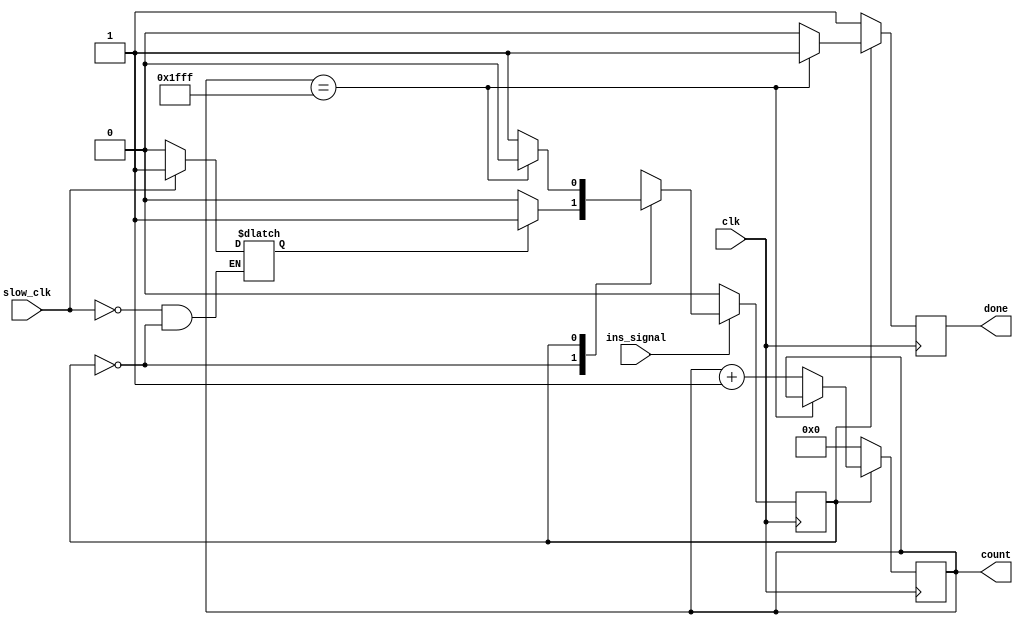
module counter(count, done, clk, slow_clk, ins_signal);
	// 13-bit number corresponding to a ROM address
	output reg [12:0] count;
	// Signal to indicate counting finished
	output reg done;
	// 50MHz clock, bpm clock, and signal indicating instrument is playing
	input  clk, slow_clk, ins_signal;
	
	// counter state machine
	reg current_count_state, next_count_state, slow_reg;
	// MAXCOUNT is the last address in each sample
	localparam counting = 1'b1, waiting = 1'b0, MAXCOUNT = 13'd8191; 

	// Set slow register to 0 while counting
	always @(*) begin
	if (slow_clk)
		slow_reg <= 1'b1;
	else if (current_count_state == counting)
		slow_reg <= 1'b0;
	end

	/*
		 While in the waiting state, if we have received a slow clock signal, start
		 counting. Otherwise continue waiting

		 If we are in the counting state and reach MAXCOUNT, set the next state to
		 waiting, otherwise continue counting
	*/
	always @(*)
	begin: counter_state_table
		case(current_count_state)
			waiting: next_count_state = slow_reg ? counting : waiting;
			counting: next_count_state = (count == MAXCOUNT) ? waiting : counting;
			default: next_count_state = waiting;
		endcase
	end

	// Set state to wait while there is no instrument playing
	always @(posedge clk)
	begin
		if (!ins_signal)
			current_count_state <= waiting;
		else
			current_count_state <= next_count_state;
	end

	/*
		 If we are currently in the waiting state, ensure we have a count of zero
		 and set done to 1 to signal counting is complete

		 If we are counting there are two possible conditions, either we reached the
		 maximum count, or have not. In the case we have counted to MAXCOUNT, we set
		 done to 1 and stop counting. Otherwise, ensure we do not send an
		 affirmative done signal, set done to 0 and increment count
	*/
	always @(posedge clk)
	begin
		if (current_count_state == waiting) begin
			count <= 13'b0;
			done <= 1'b1;
		end
		else if (current_count_state == counting) begin
			if (count == MAXCOUNT)
				done <= 1'b1;
			else begin
				count <= count + 13'b1;
				done <= 1'b0;
			end
		end
	end


endmodule